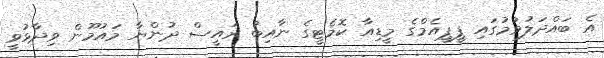
އެ ބައްދަލުވުމުގައި ޕީޕީއެމްގެ މީޑިއާ ކޮމެޓީގެ ނާއިބު ރައީސް ދުންޔާ މައުމޫން ވިދާޅުވީ